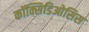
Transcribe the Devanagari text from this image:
कॉक्सिडिओसिस